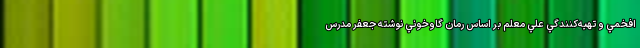
افخمي و تهيه‌کنندگي علي معلم بر اساس رمان گاوخوني نوشته جعفر مدرس